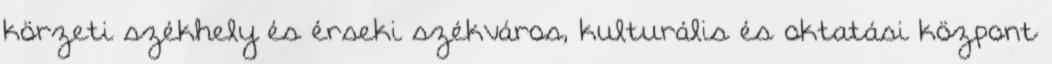
körzeti székhely és érseki székváros, kulturális és oktatási központ